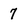
Character: 7